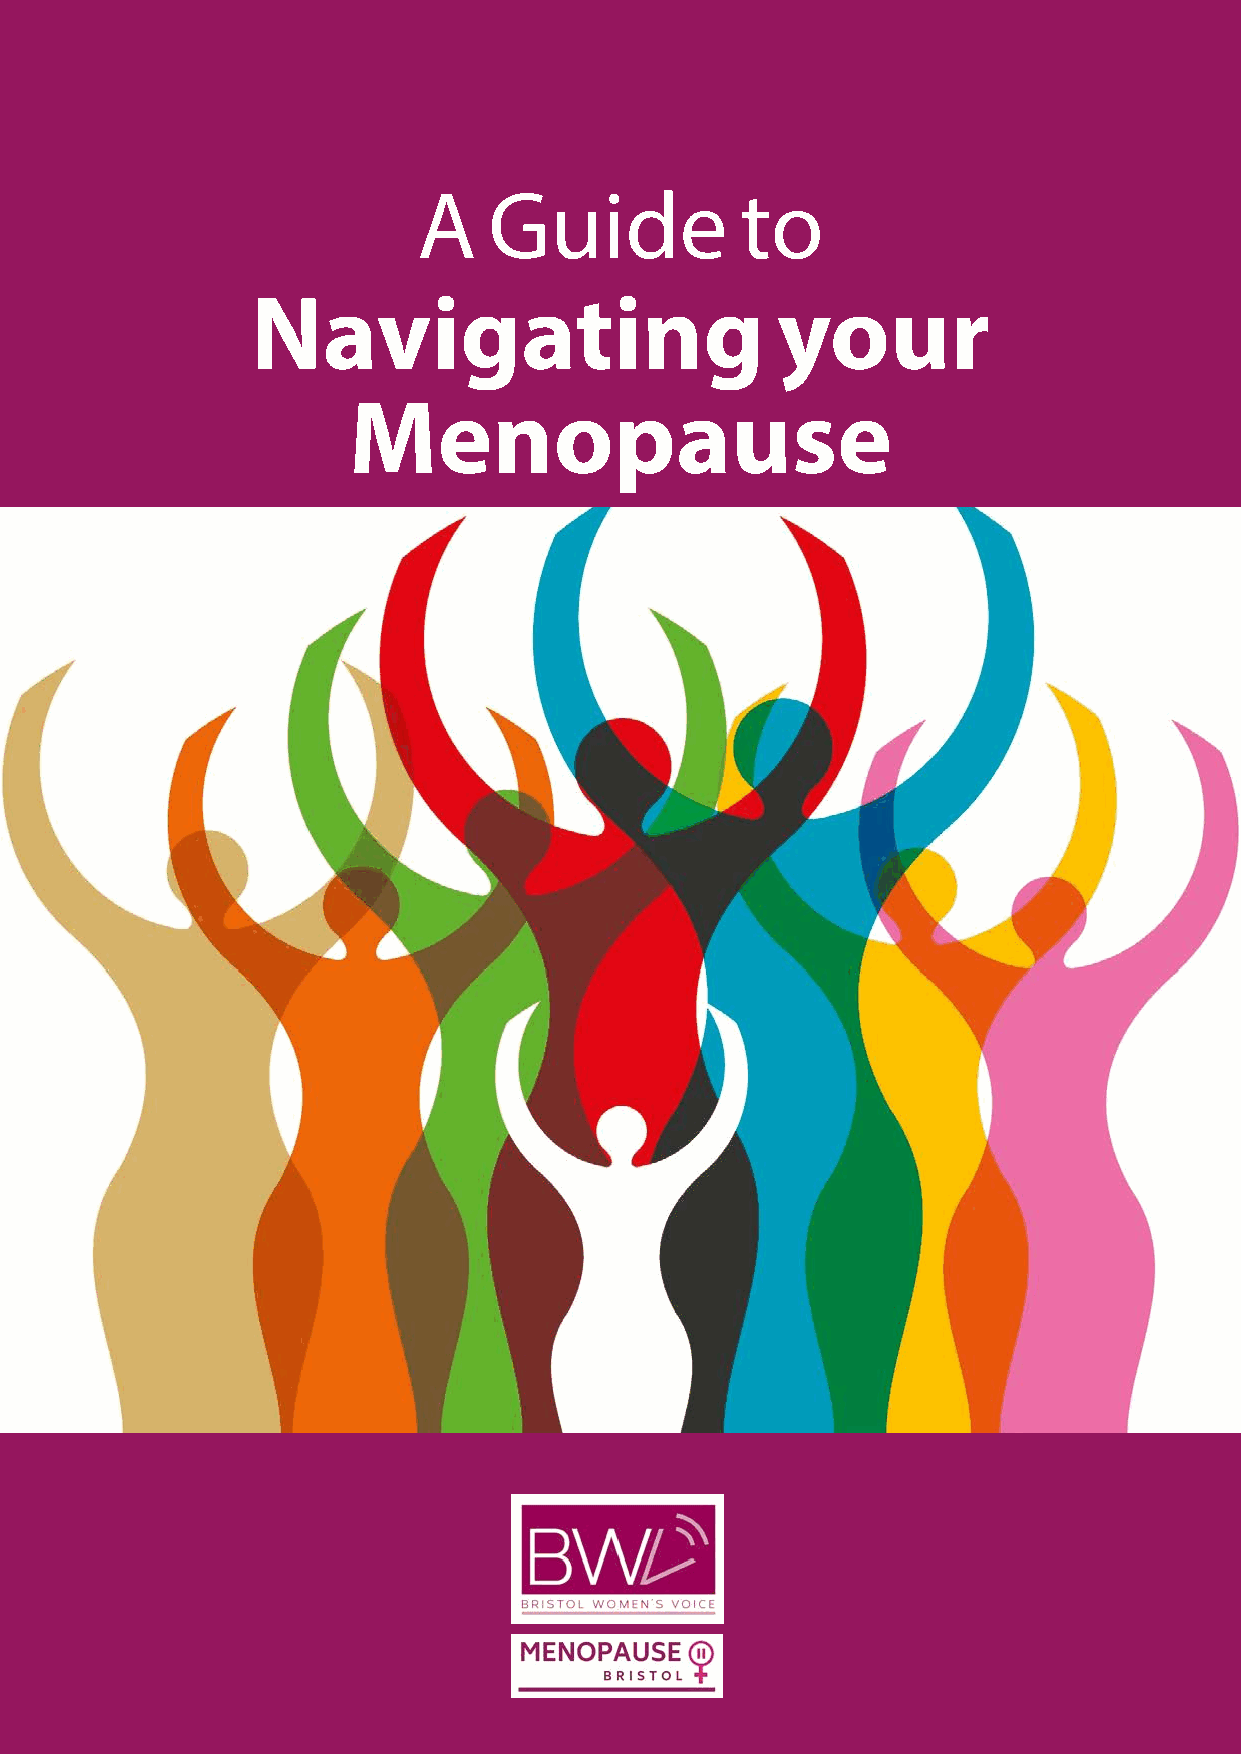
A   Guide            to
 Navigating                        your
 Menopause